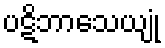
ပဋိဘာသေယျုံ